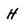
Character: H